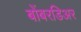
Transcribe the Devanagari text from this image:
बोंबरडिअर